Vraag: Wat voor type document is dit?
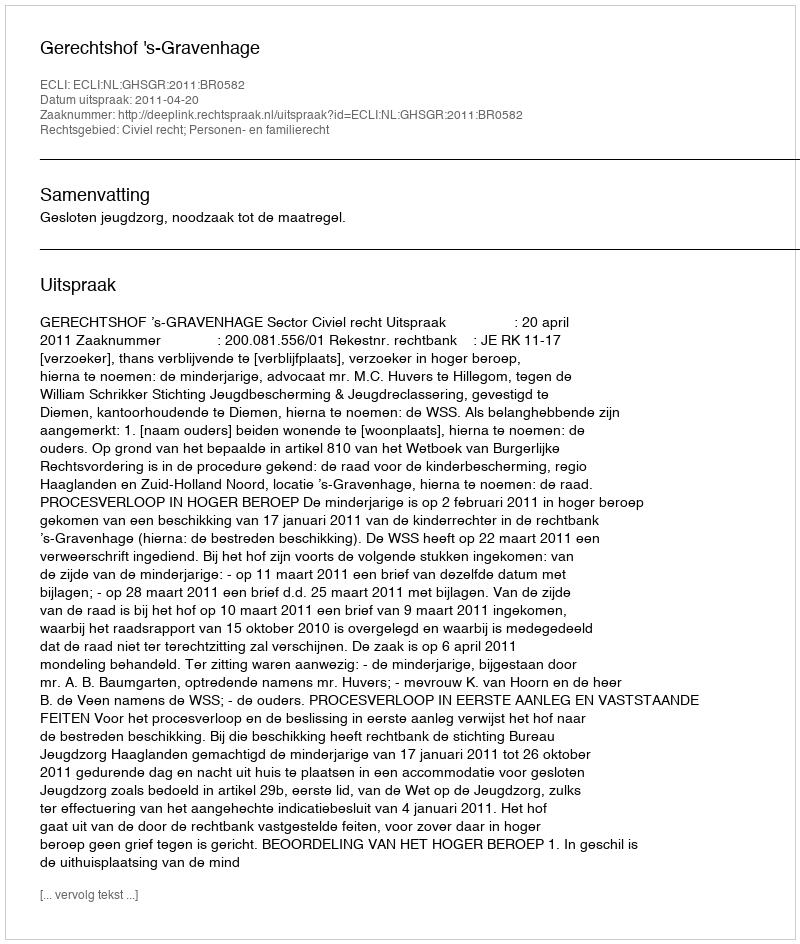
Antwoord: Uitspraak